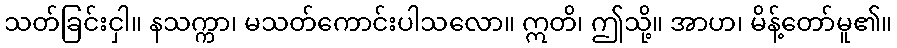
သတ်ခြင်းငှါ။ နသက္ကာ၊ မသတ်ကောင်းပါသလော။ ဣတိ၊ ဤသို့။ အာဟ၊ မိန့်တော်မူ၏။